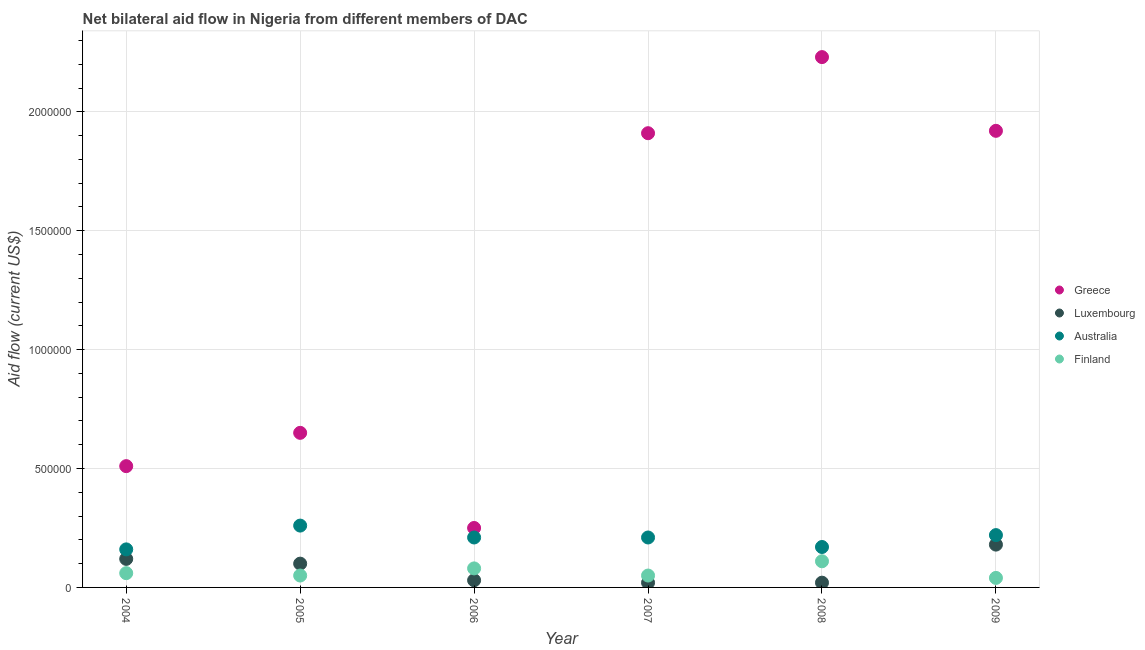
| Year | Greece | Luxembourg | Australia | Finland |
 | --- | --- | --- | --- | --- |
 | 2004 | 5.1e+05 | 1.2e+05 | 1.6e+05 | 6e+04 |
 | 2005 | 6.5e+05 | 1e+05 | 2.6e+05 | 5e+04 |
 | 2006 | 2.5e+05 | 3e+04 | 2.1e+05 | 8e+04 |
 | 2007 | 1.91e+06 | 2e+04 | 2.1e+05 | 5e+04 |
 | 2008 | 2.23e+06 | 2e+04 | 1.7e+05 | 1.1e+05 |
 | 2009 | 1.92e+06 | 1.8e+05 | 2.2e+05 | 4e+04 |